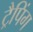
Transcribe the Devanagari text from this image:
ट्रैपिंग